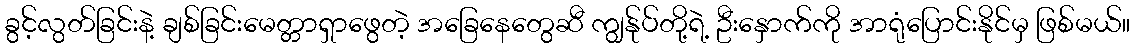
ခွင့်လွတ်ခြင်းနဲ့ ချစ်ခြင်းမေတ္တာရှာဖွေတဲ့ အခြေနေတွေဆီ ကျွန်ုပ်တို့ရဲ့ ဦးနှောက်ကို အာရုံပြောင်းနိုင်မှ ဖြစ်မယ်။